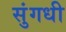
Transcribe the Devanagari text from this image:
सुंगधी